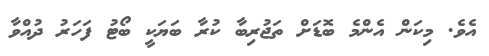
އެވެ. މިކަން އެންމެ ބޮޑަށް ތަޖުރިބާ ކުރާ ބަޔަކީ ބޯޓު ފަހަރު ދުއްވާ